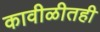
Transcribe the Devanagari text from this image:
कावीळीतही